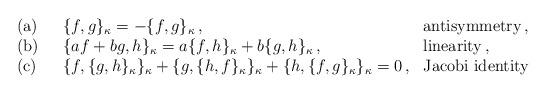
LaTeX: \begin{align*}\begin{array}{lll}{\rm (a)~~}&\{f,g\}_\kappa = - \{f,g\}_\kappa\,,&{\rm antisymmetry\,,} \\{\rm (b)~~}&\{af+bg,h\}_\kappa = a\{f,h\}_\kappa + b\{g,h\}_\kappa\,, ~~~ &{\rm linearity\,,} \\{\rm (c)~~}&\{f,\{g,h\}_\kappa\}_\kappa + \{g,\{h,f\}_\kappa\}_\kappa +\{h,\{f,g\}_\kappa\}_\kappa = 0\,, &{\rm Jacobi~identity}\end{array}\end{align*}